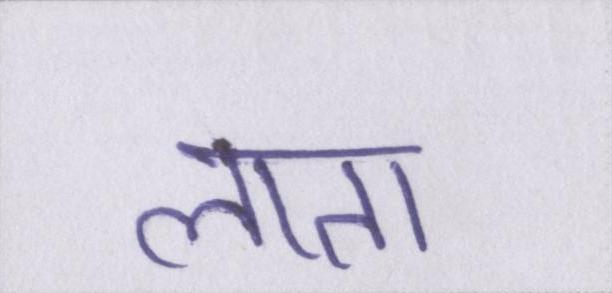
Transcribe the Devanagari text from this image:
लाता